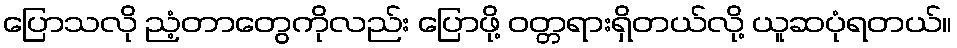
ပြောသလို ညံ့တာတွေကိုလည်း ပြောဖို့ ဝတ္တရားရှိတယ်လို့ ယူဆပုံရတယ်။